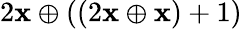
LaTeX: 2\mathbf{x}\oplus((2\mathbf{x}\oplus\mathbf{x})+1)